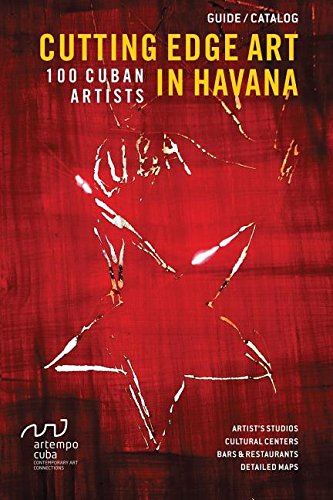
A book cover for Cutting Edge Art in Havana: 100 Cuban Artists; Mayret Gonzalez-Martinez; Travel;